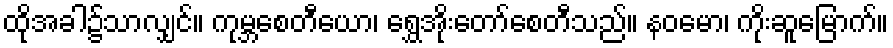
ထိုအခါ၌သာလျှင်။ ကုမ္ဘစေတီယော၊ ရွှေအိုးတော်စေတီသည်။ နဝမော၊ ကိုးဆူမြောက်။